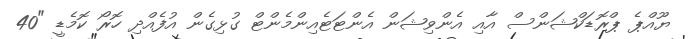
ޔޫއްޕެ ޕްރޮޑަކްޝަންސް އާއި އެންވިޝަން އެންޓަޓެއިންމެންޓް ގުޅިގެން އުފެއްދި ހޮރޯ ކޮމެޑީ "40